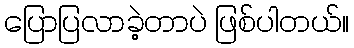
ပြောပြလာခဲ့တာပဲ ဖြစ်ပါတယ်။